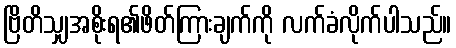
ဗြိတိသျှအစိုးရ၏ဖိတ်ကြားချက်ကို လက်ခံလိုက်ပါသည်။